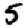
Digit: 5